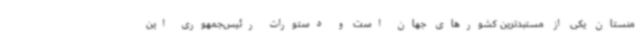
منستان یکی از مستبدترین کشورهای جهان است و دستورات رئیس‌جمهوری این